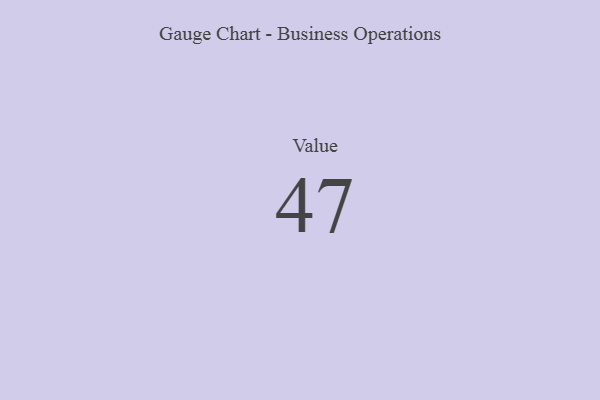
{"axis": {"x": "Metric", "y": "Value"}, "legend": [""], "data": [{"x": "Value", "y": 47, "type": ""}]}